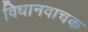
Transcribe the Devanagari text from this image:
विधानवाचक